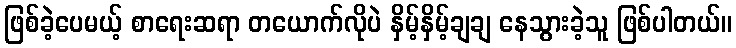
ဖြစ်ခဲ့ပေမယ့် စာရေးဆရာ တယောက်လိုပဲ နှိမ့်နှိမ့်ချချ နေသွားခဲ့သူ ဖြစ်ပါတယ်။